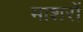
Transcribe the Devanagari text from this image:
माशरों